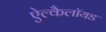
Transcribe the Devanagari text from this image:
ऐल्कैलॉयड